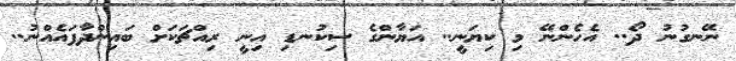
ނޭނގުނު ދޯ.. އެހެންނޭ މި ކިޔަނީ.. އަޔާންގެ ސިކުނޑި އިނީ ރިއްޗަކަށް ބައިންދާފައެއްނު..